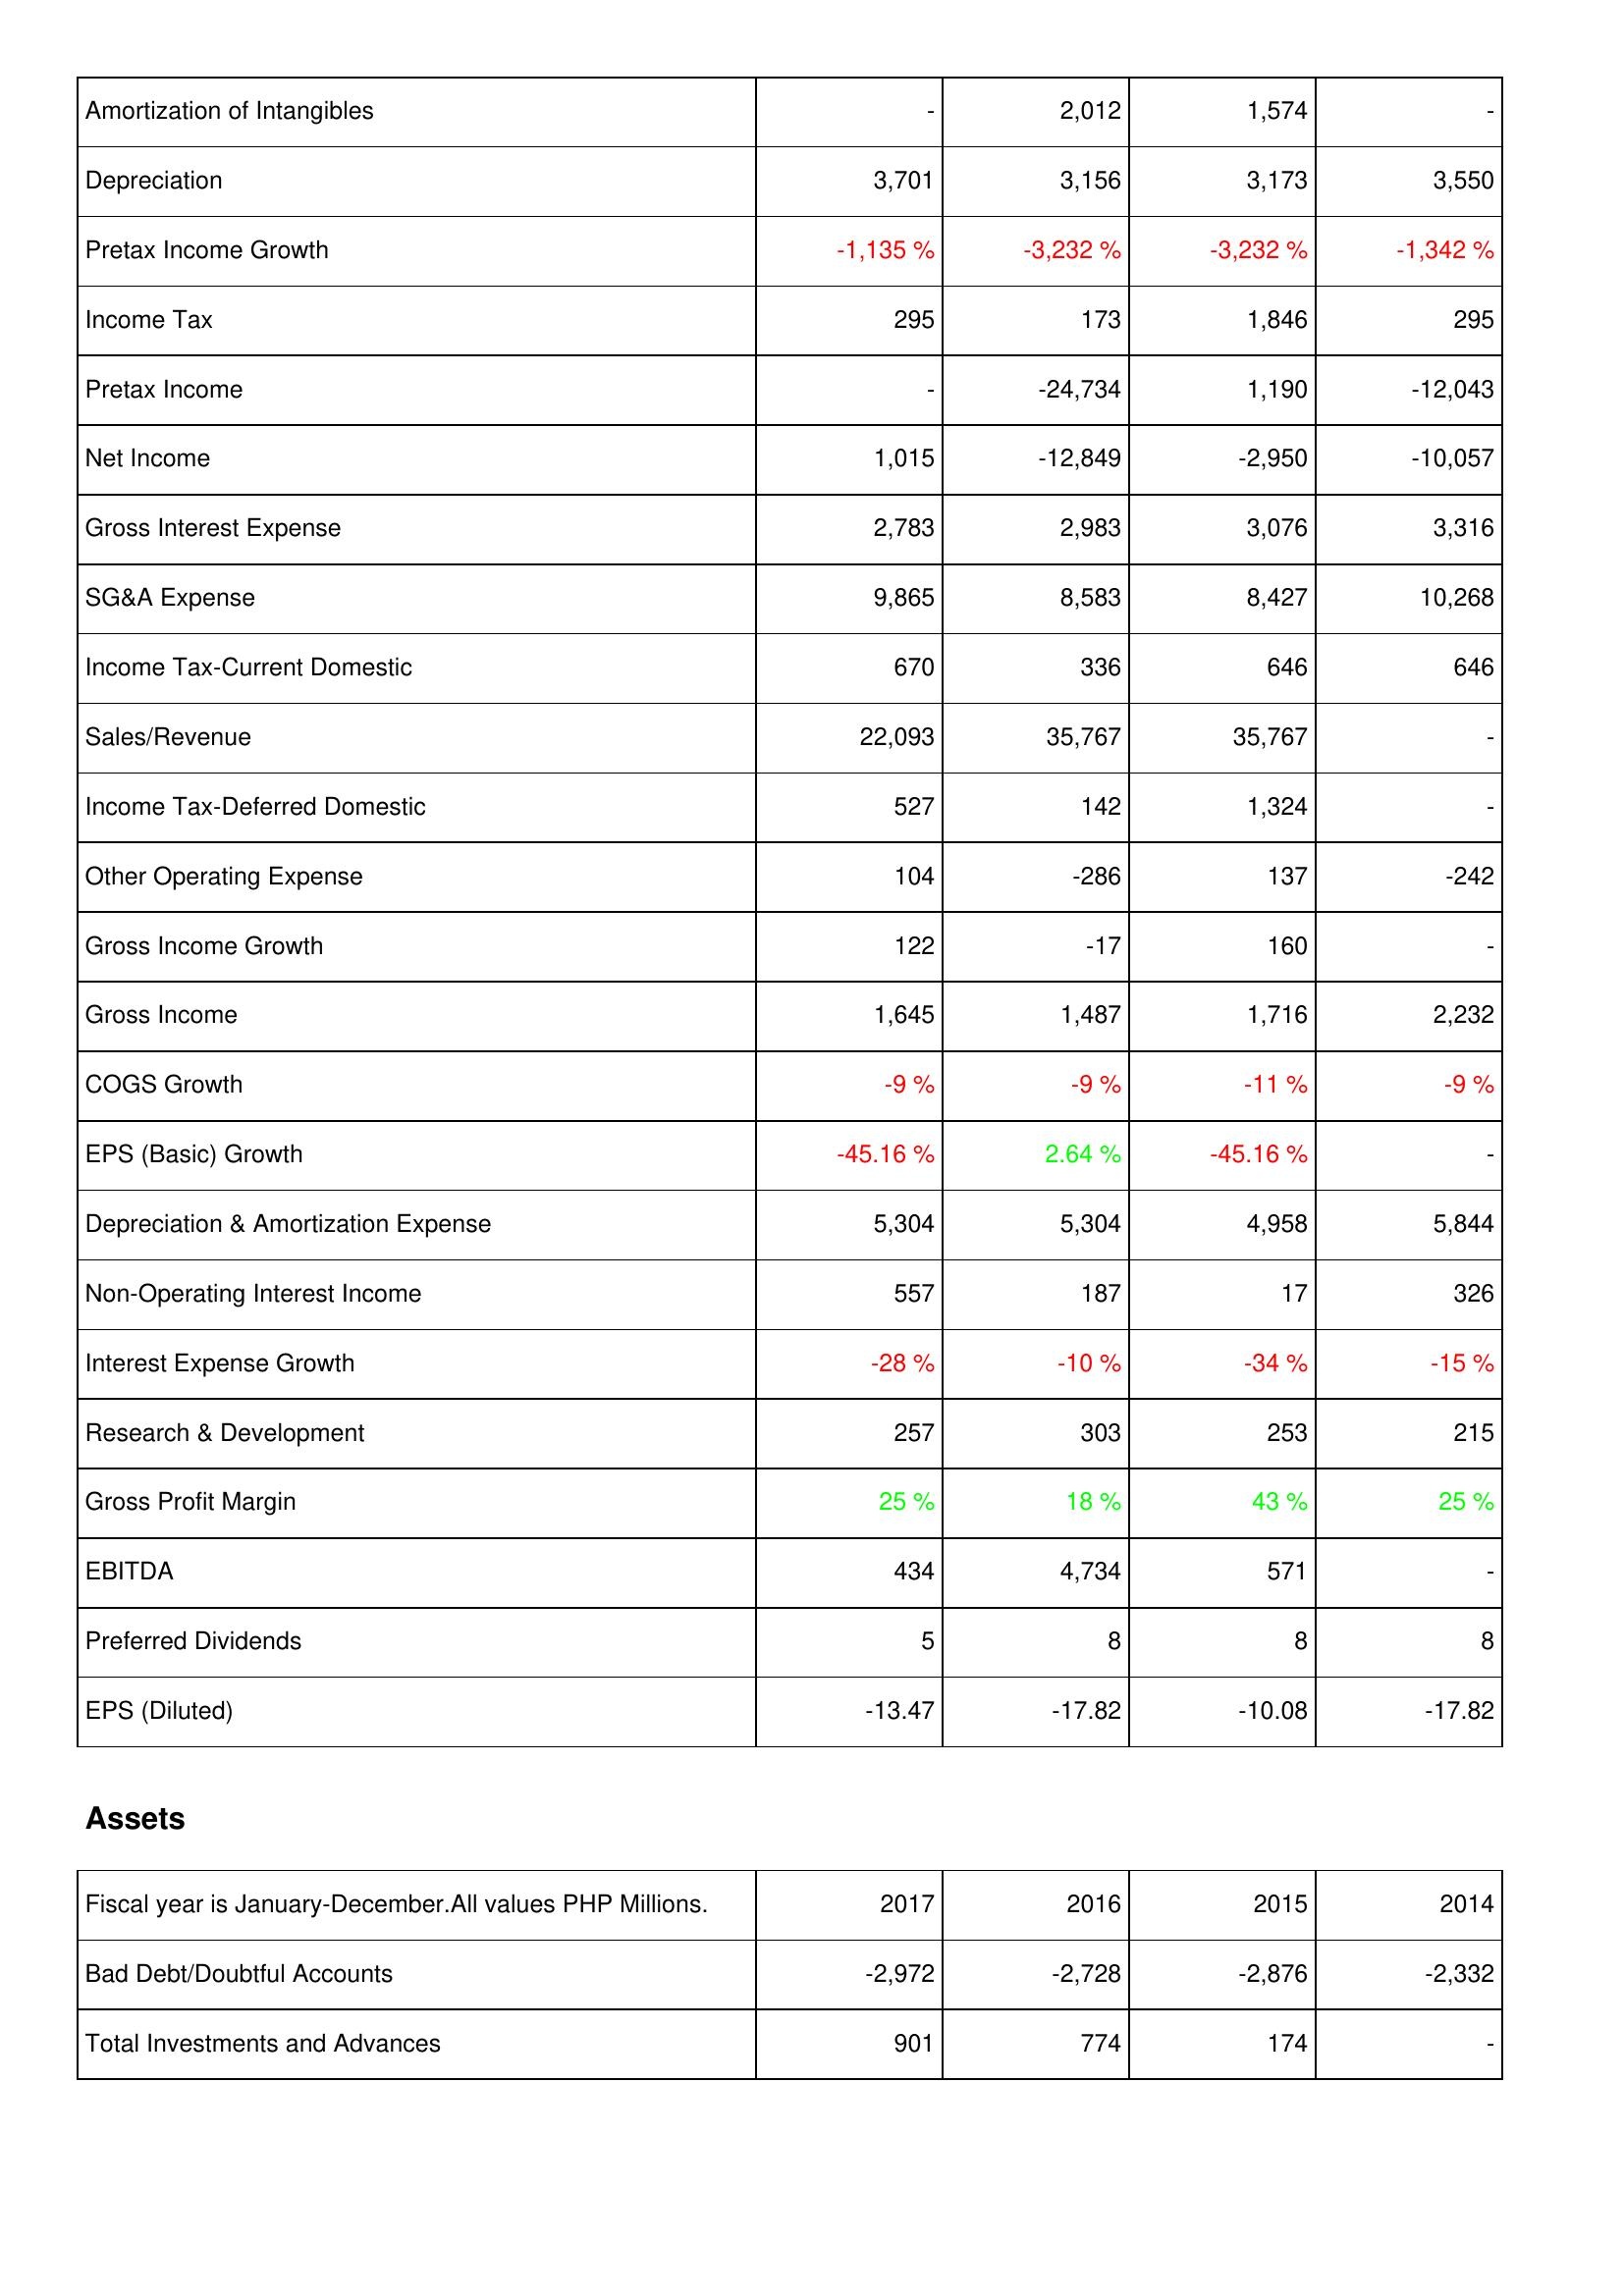
2017: Income Statement: Amortization of Intangibles: -
Depreciation: 3,701
Pretax Income Growth: -1,135 %
Income Tax: 295
Pretax Income: -
Net Income: 1,015
Gross Interest Expense: 2,783
SG&A Expense: 9,865
Income Tax-Current Domestic: 670
Sales/Revenue: 22,093
Income Tax-Deferred Domestic: 527
Other Operating Expense: 104
Gross Income Growth: 122
Gross Income: 1,645
COGS Growth: -9 %
EPS (Basic) Growth: -45.16 %
Depreciation & Amortization Expense: 5,304
Non-Operating Interest Income: 557
Interest Expense Growth: -28 %
Research & Development: 257
Gross Profit Margin: 25 %
EBITDA: 434
Preferred Dividends: 5
EPS (Diluted): -13.47
Assets: Bad Debt/Doubtful Accounts: -2,972
Total Investments and Advances: 901
2016: Income Statement: Amortization of Intangibles: 2,012
Depreciation: 3,156
Pretax Income Growth: -3,232 %
Income Tax: 173
Pretax Income: -24,734
Net Income: -12,849
Gross Interest Expense: 2,983
SG&A Expense: 8,583
Income Tax-Current Domestic: 336
Sales/Revenue: 35,767
Income Tax-Deferred Domestic: 142
Other Operating Expense: -286
Gross Income Growth: -17
Gross Income: 1,487
COGS Growth: -9 %
EPS (Basic) Growth: 2.64 %
Depreciation & Amortization Expense: 5,304
Non-Operating Interest Income: 187
Interest Expense Growth: -10 %
Research & Development: 303
Gross Profit Margin: 18 %
EBITDA: 4,734
Preferred Dividends: 8
EPS (Diluted): -17.82
Assets: Bad Debt/Doubtful Accounts: -2,728
Total Investments and Advances: 774
2015: Income Statement: Amortization of Intangibles: 1,574
Depreciation: 3,173
Pretax Income Growth: -3,232 %
Income Tax: 1,846
Pretax Income: 1,190
Net Income: -2,950
Gross Interest Expense: 3,076
SG&A Expense: 8,427
Income Tax-Current Domestic: 646
Sales/Revenue: 35,767
Income Tax-Deferred Domestic: 1,324
Other Operating Expense: 137
Gross Income Growth: 160
Gross Income: 1,716
COGS Growth: -11 %
EPS (Basic) Growth: -45.16 %
Depreciation & Amortization Expense: 4,958
Non-Operating Interest Income: 17
Interest Expense Growth: -34 %
Research & Development: 253
Gross Profit Margin: 43 %
EBITDA: 571
Preferred Dividends: 8
EPS (Diluted): -10.08
Assets: Bad Debt/Doubtful Accounts: -2,876
Total Investments and Advances: 174
2014: Income Statement: Amortization of Intangibles: -
Depreciation: 3,550
Pretax Income Growth: -1,342 %
Income Tax: 295
Pretax Income: -12,043
Net Income: -10,057
Gross Interest Expense: 3,316
SG&A Expense: 10,268
Income Tax-Current Domestic: 646
Sales/Revenue: -
Income Tax-Deferred Domestic: -
Other Operating Expense: -242
Gross Income Growth: -
Gross Income: 2,232
COGS Growth: -9 %
EPS (Basic) Growth: -
Depreciation & Amortization Expense: 5,844
Non-Operating Interest Income: 326
Interest Expense Growth: -15 %
Research & Development: 215
Gross Profit Margin: 25 %
EBITDA: -
Preferred Dividends: 8
EPS (Diluted): -17.82
Assets: Bad Debt/Doubtful Accounts: -2,332
Total Investments and Advances: -